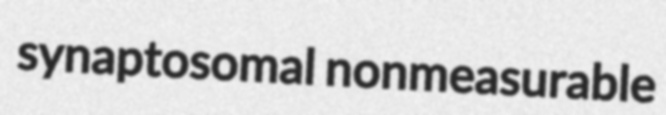
synaptosomal nonmeasurable